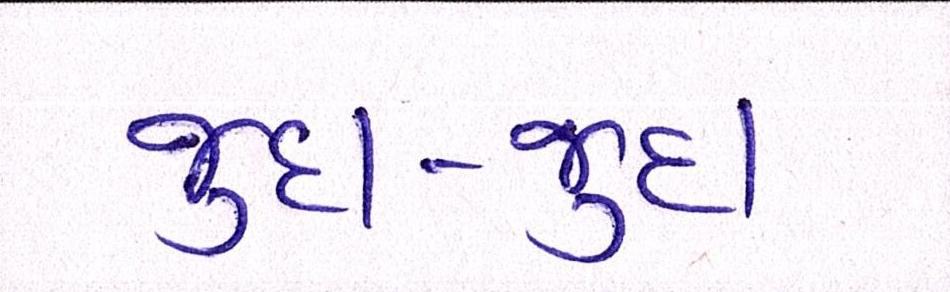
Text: જુદા-જુદા